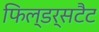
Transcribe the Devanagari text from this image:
फिल्डर्सटैट